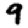
Digit: 9